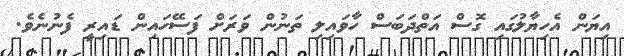
އިޔަން އެހިޔާލުގައި ގޮސް އަތްދަބަސް ހާވައިލި ތަނުން ވަރަށް ފަސޭހައިން ޑައިރީ ފެނުނެވެ.